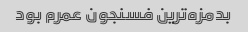
بدمزه‌ترین فسنجون عمرم بود